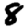
Digit: 8